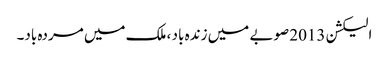
الیکشن 2013 صوبے میں زندہ باد ، ملک میں مردہ باد۔